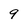
Character: 9